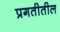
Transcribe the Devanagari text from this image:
प्रगतीतील